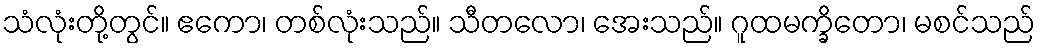
သံလုံးတို့တွင်။ ဧကော၊ တစ်လုံးသည်။ သီတလော၊ အေးသည်။ ဂူထမက္ခိတော၊ မစင်သည်